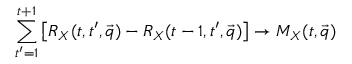
\sum _ { t ^ { \prime } = 1 } ^ { t + 1 } \left[ R _ { X } ( t , t ^ { \prime } , \vec { q } ) - R _ { X } ( t - 1 , t ^ { \prime } , \vec { q } ) \right] \to M _ { X } ( t , \vec { q } )